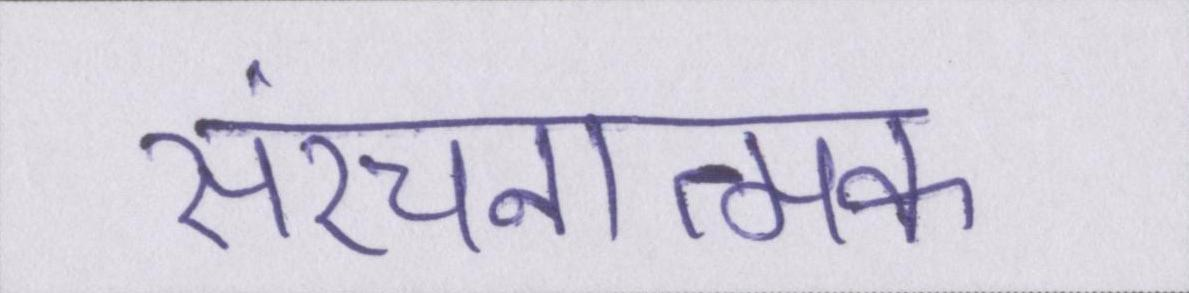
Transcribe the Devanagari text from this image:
संरचनात्मक